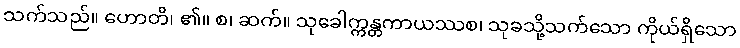
သက်သည်။ ဟောတိ၊ ၏။ စ၊ ဆက်။ သုခေါက္ကန္တကာယဿစ၊ သုခသို့သက်သော ကိုယ်ရှိသော